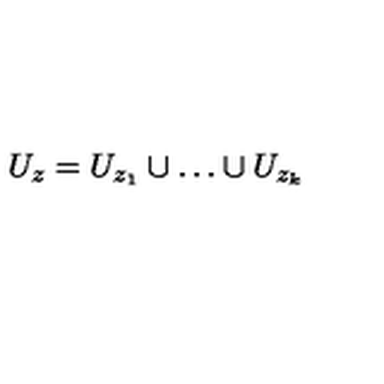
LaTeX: U _ { z } = U _ { z _ { 1 } } \cup \ldots \cup U _ { z _ { k } }